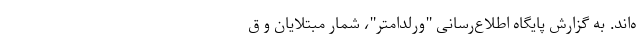
ه‌اند. به گزارش پایگاه اطلاع‌رسانی "ورلداُمتر"، شمار مبتلایان و ق